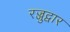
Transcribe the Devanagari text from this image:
रज्जुद्वार